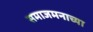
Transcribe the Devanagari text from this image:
समाजमनाच्या